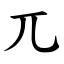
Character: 兀